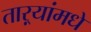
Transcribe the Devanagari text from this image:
ताऱ्यांमधे